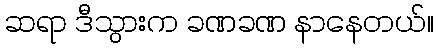
ဆရာ ဒီသွားက ခဏခဏ နာနေတယ်။